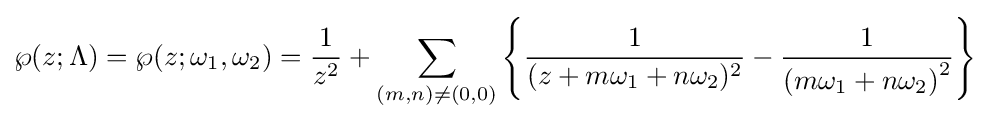
\wp (z;\Lambda )=\wp (z;\omega _{1},\omega _{2})={\frac {1}{z^{2}}}+\sum _{(m,n)\neq (0,0)}\left\{{\frac {1}{(z+m\omega _{1}+n\omega _{2})^{2}}}-{\frac {1}{\left(m\omega _{1}+n\omega _{2}\right)^{2}}}\right\}